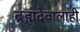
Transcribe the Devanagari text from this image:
ब्रह्मदेवालाही